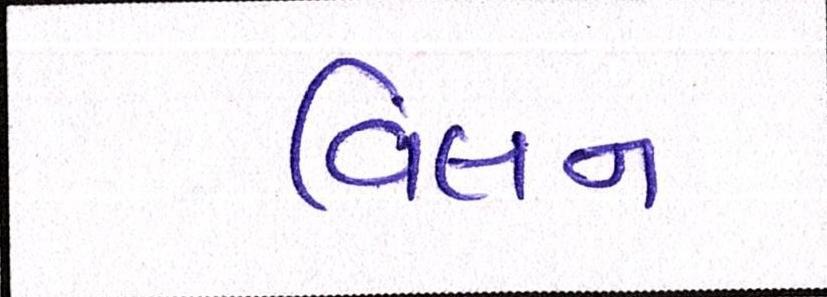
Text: વિલન